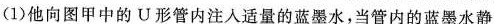
(1)他向图甲中的U形管内注入适量的蓝墨水，当管内的蓝墨水静